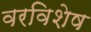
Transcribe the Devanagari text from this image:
वरविशेष